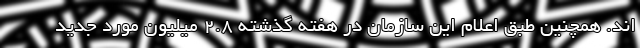
اند. همچنین طبق اعلام این سازمان در هفته گذشته ۲.۸ میلیون مورد جدید